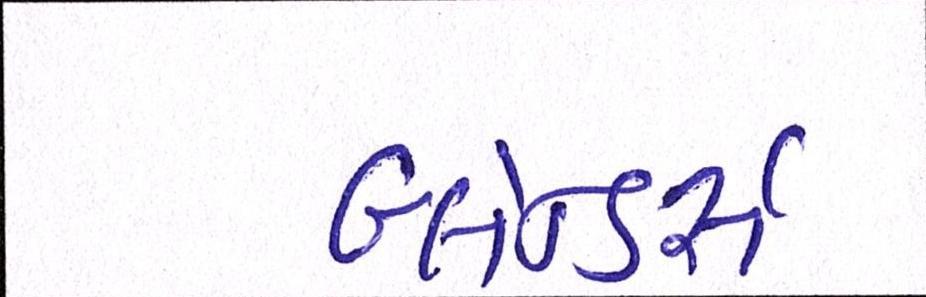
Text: બ્લેન્ડર્સ